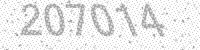
Solution: 207014